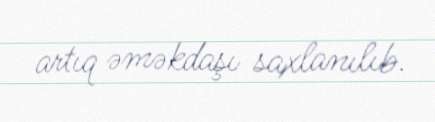
artıq əməkdaşı saxlanılıb.